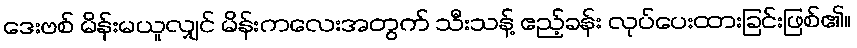
ဒေးဗစ် မိန်းမယူလျှင် မိန်းကလေးအတွက် သီးသန့် ဧည့်ခန်း လုပ်ပေးထားခြင်းဖြစ်၏။